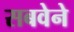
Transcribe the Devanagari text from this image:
सबवेने